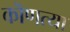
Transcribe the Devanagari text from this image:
कॊणत्या